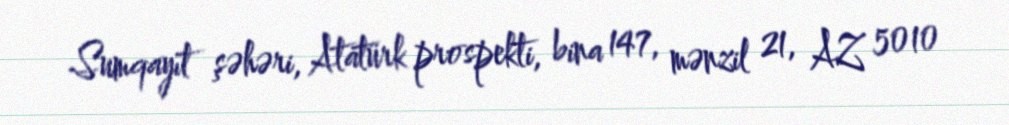
Sumqayıt şəhəri, Atatürk prospekti, bina 147, mənzil 21, AZ 5010